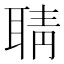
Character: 聙